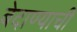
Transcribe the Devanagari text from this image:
बेदाण्याची